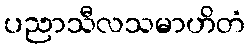
ပညာသီလသမာဟိတံ